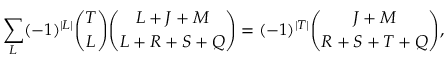
\sum _ { L } ( - 1 ) ^ { \vert L \vert } { \binom { T } { L } } { \binom { L + J + M } { L + R + S + Q } } = ( - 1 ) ^ { \vert T \vert } { \binom { J + M } { R + S + T + Q } } ,